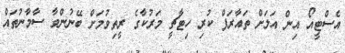
އެސްޓީއޯ އިން އަލަށް ތައާރަފް ކުރި ހިޓާޗީ މަރުކާގެ ރީތިވުމަށް ބޭނުންވާ ސާމާނުތައް